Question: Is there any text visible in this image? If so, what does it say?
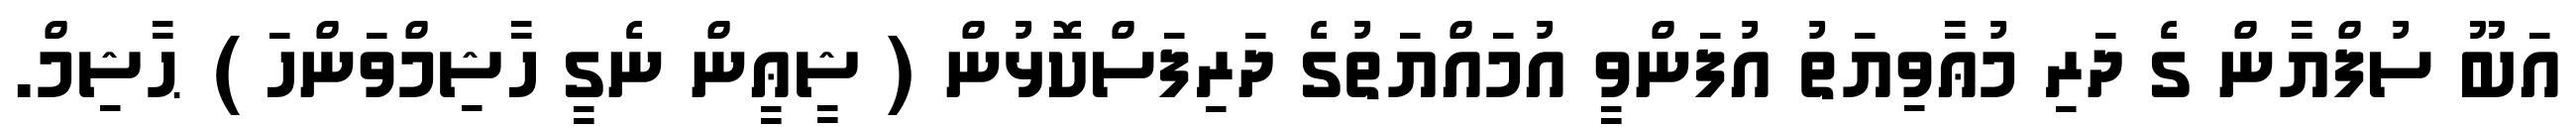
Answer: އަބޫ ސުފްޔާން ގެ ދަރި މުޢާވިޔަތު އުފަންވީ އުމައްޔަތުގެ ދަރިފަސްކޮޅުން ( ޝީޢީން ނެގީ ހާޝިމްވަންހަ ) ޙާޝިމް.